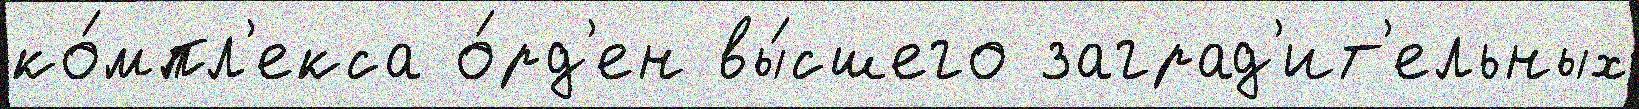
ко́мпл'екса о́рд'ен вы́сшего заград'ит'ельных